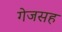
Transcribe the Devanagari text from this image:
गेजसह